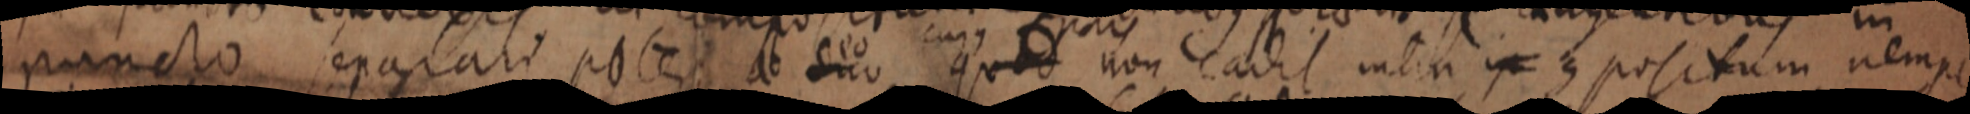
puncto separari potest ab duo quod non cadit intra ip compositum nempe